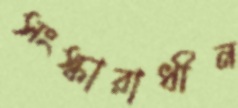
সংস্কারাধীন